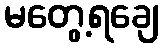
မတွေ့ရချေ